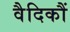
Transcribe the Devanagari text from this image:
वैदिकौं